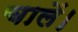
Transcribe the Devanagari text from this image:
चालें।